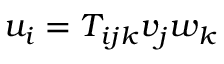
u _ { i } = T _ { i j k } v _ { j } w _ { k }